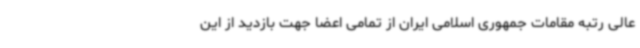
عالی رتبه مقامات جمهوری اسلامی ایران از تمامی اعضا جهت بازدید از این